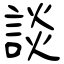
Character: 談